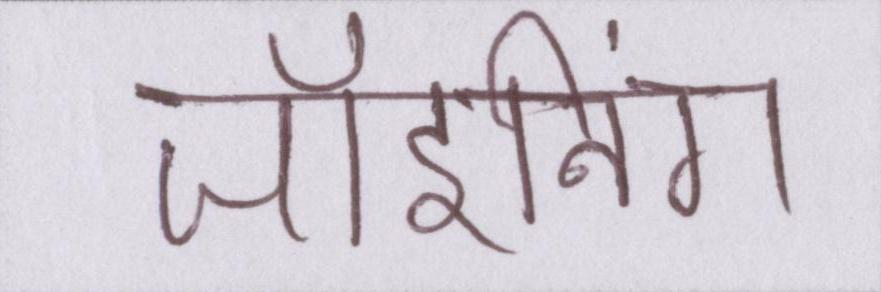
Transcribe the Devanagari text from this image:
जॉइनिंग